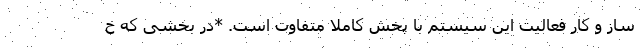
ساز و کار فعالیت این سیستم با پخش کاملا متفاوت است. *در بخشی که خ